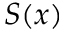
S ( x )